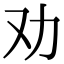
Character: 劝